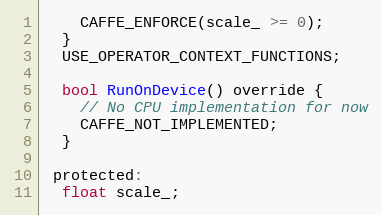
Language: C
    CAFFE_ENFORCE(scale_ >= 0);
  }
  USE_OPERATOR_CONTEXT_FUNCTIONS;

  bool RunOnDevice() override {
    // No CPU implementation for now
    CAFFE_NOT_IMPLEMENTED;
  }

 protected:
  float scale_;